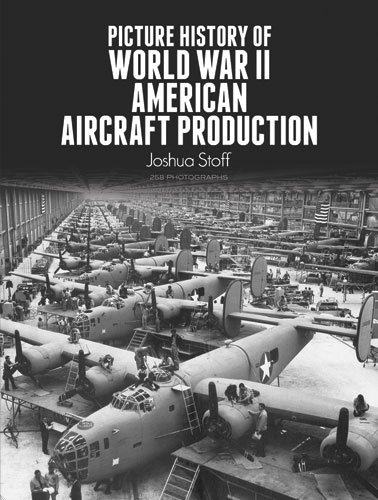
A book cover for Picture History of World War II American Aircraft Production (Dover Books on Transportation); Joshua Stoff; Crafts, Hobbies & Home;